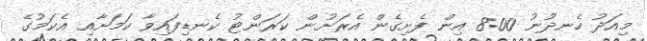
މިއަދު ހެނދުނު 8:00 އިން ފެށިގެން އެރަށުން ކަރަންޓު ކެނޑިފައިވާ ކަމަށާއި އެކަމުގެ